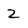
Character: 2